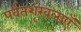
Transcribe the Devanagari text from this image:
पर्वतशृंखलाएँ